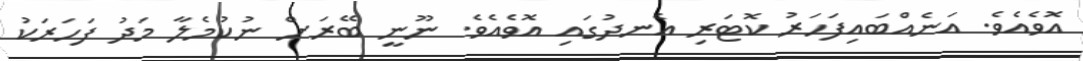
އޮވެއެވެ. އަނެއްބައިފަހަރު ކޮޓަރި އެނދުގައި އޮވެއެވެ. ނޫނީ ބޭރަށް ނުކުމެލާ މަދު ފަހަރަކު